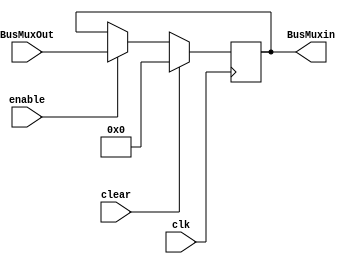
//The Z register holds the result of the operation in ALU and will be able to drive the Bus in the next clock cycle when the bus is free. The Z register is 64-bit long to hold the result of a multiplication (product) or a division (remainder in the higher byte, and quotient in the lower byte) operation temporarily before loading the HI and LO registers.
module REG_64(
    input wire clk, 
	 input wire clear,
	 input wire enable,
    input wire [63:0] BusMuxOut,
    output wire [63:0] BusMuxin
);
    reg [63:0] Q;
    
    always @(posedge clk)
        begin
          if (clear)
            Q <= 63'b0;
          else if (enable)
            Q <= BusMuxOut;
        end
    assign BusMuxin = Q;
endmodule

//module ZMux(
//	input [63:0] ZMuxIn,
//	input ZSelect,
//	input ZMuxEnable,
//	output wire [31:0]BusMuxOut
//);
//
//reg [31:0]Zout;
//always @ (ZMuxEnable) begin
//	if (ZSelect) begin
//		Zout = ZMuxIn[63:32];
//	end
//	else begin
//		Zout = ZMuxIn[31:0];
//	end
//end
//assign BusMuxOut = Zout;
//endmodule